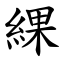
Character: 綶